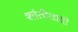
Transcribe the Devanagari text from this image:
शांतीवादी